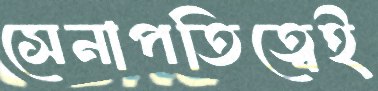
সেনাপতিত্বেই